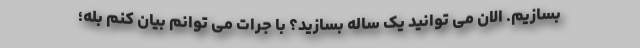
بسازیم. الان می توانید یک ساله بسازید؟ با جرات می توانم بیان کنم بله؛